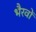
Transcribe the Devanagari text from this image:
भैरवों